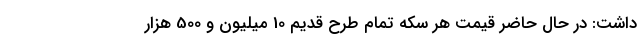
داشت: در حال حاضر قیمت هر سکه تمام طرح قدیم 10 میلیون و 500 هزار